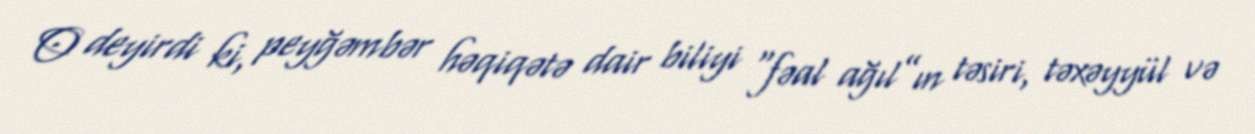
O deyirdi ki, peyğəmbər həqiqətə dair biliyi “fəal ağıl”ın təsiri, təxəyyül və